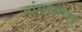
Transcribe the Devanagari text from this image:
नांगरवास